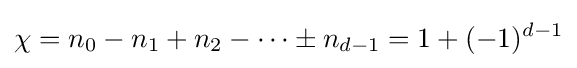
\chi =n_{0}-n_{1}+n_{2}-\cdots \pm n_{d-1}=1+(-1)^{d-1}